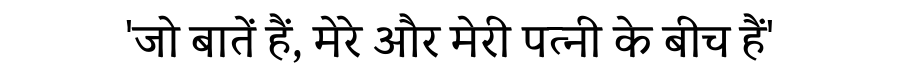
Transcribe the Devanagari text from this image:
'जो बातें हैं, मेरे और मेरी पत्नी के बीच हैं'